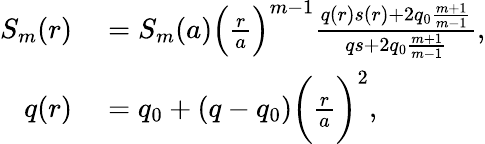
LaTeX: \begin{array}{rl}{S_{m}(r)}&{{}=S_{m}(a)\Big(\frac{r}{a}\Big)^{m-1}\frac{q(r)s(r)+2q_{0}\frac{m+1}{m-1}}{qs+2q_{0}\frac{m+1}{m-1}},}\\ {q(r)}&{{}=q_{0}+(q-q_{0})\bigg(\frac{r}{a}\bigg)^{2},}\end{array}